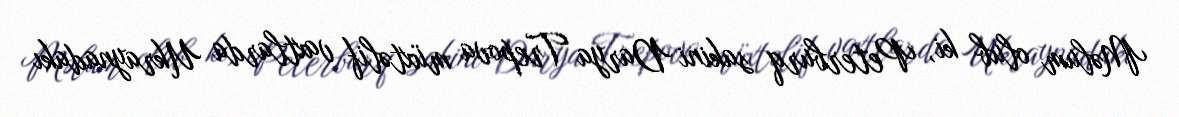
Məlum olub ki, Peterburq sakini Darya Trepova müxtəlif vaxtlarda Ukraynadakı